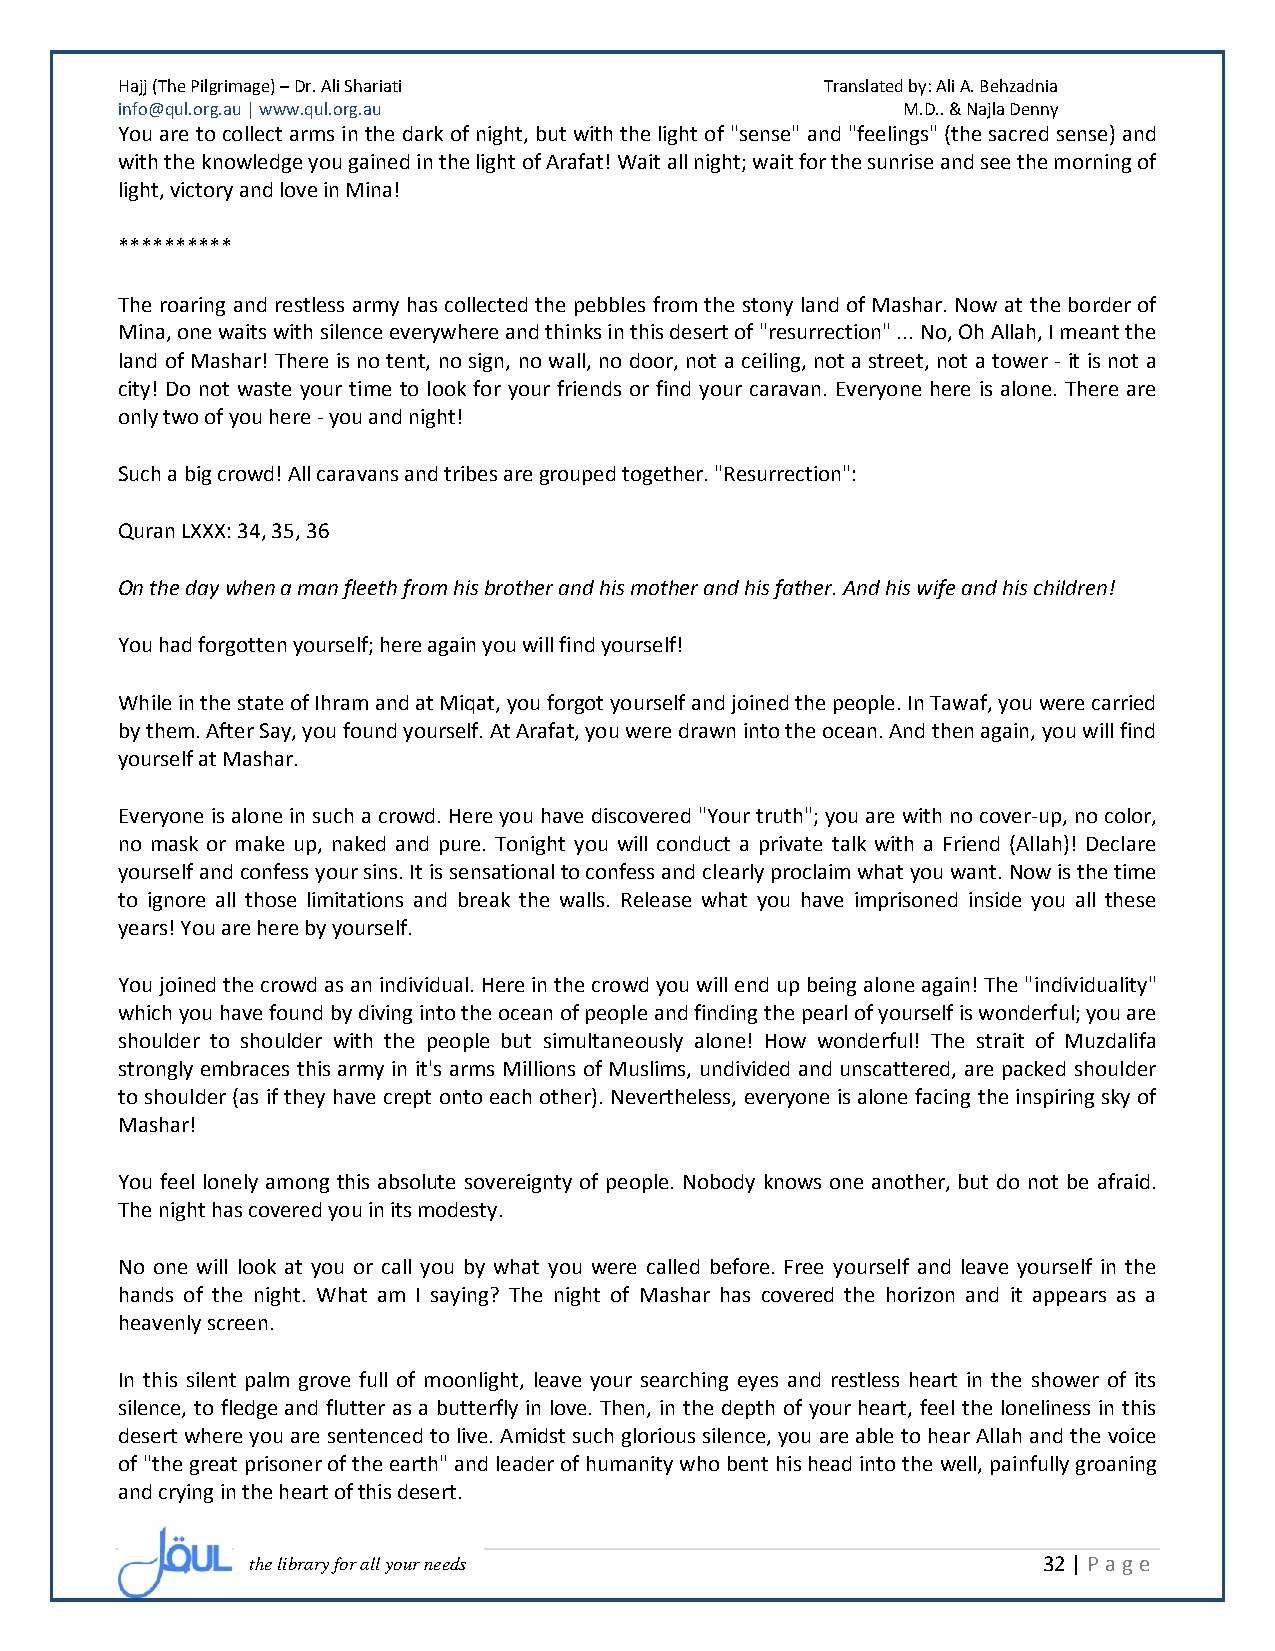
Hajj (The Pilgrimage) – Dr. Ali Shariati       Translated by: Ali A. Behzadnia
 info@qul.org.au | www.qul.org.au                    M.D.. & Najla Denny
 You are to collect arms in the dark of night, but with the light of "sense" and "feelings" (the sacred sense) and
 with the knowledge you gained in the light of Arafat! Wait all night; wait for the sunrise and see the morning of
 light, victory and love in Mina!
 **********
 The roaring and restless army has collected the pebbles from the stony land of Mashar. Now at the border of
 Mina, one waits with silence everywhere and thinks in this desert of "resurrection" ... No, Oh Allah, I meant the
 land of Mashar! There is no tent, no sign, no wall, no door, not a ceiling, not a street, not a tower - it is not a
 city! Do not waste your time to look for your friends or find your caravan. Everyone here is alone. There are
 only two of you here - you and night!
 Such a big crowd! All caravans and tribes are grouped together. "Resurrection":
 Quran LXXX: 34, 35, 36
 On the day when a man fleeth from his brother and his mother and his father. And his wife and his children!
 You had forgotten yourself; here again you will find yourself!
 While in the state of Ihram and at Miqat, you forgot yourself and joined the people. In Tawaf, you were carried
 by them. After Say, you found yourself. At Arafat, you were drawn into the ocean. And then again, you will find
 yourself at Mashar.
 Everyone is alone in such a crowd. Here you have discovered "Your truth"; you are with no cover-up, no color,
 no mask or make up, naked and pure. Tonight you will conduct a private talk with a Friend (Allah)! Declare
 yourself and confess your sins. It is sensational to confess and clearly proclaim what you want. Now is the time
 to ignore all those limitations and break the walls. Release what you have imprisoned inside you all these
 years! You are here by yourself.
 You joined the crowd as an individual. Here in the crowd you will end up being alone again! The "individuality"
 which you have found by diving into the ocean of people and finding the pearl of yourself is wonderful; you are
 shoulder to shoulder with the people but simultaneously alone! How wonderful! The strait of Muzdalifa
 strongly embraces this army in it's arms Millions of Muslims, undivided and unscattered, are packed shoulder
 to shoulder (as if they have crept onto each other). Nevertheless, everyone is alone facing the inspiring sky of
 Mashar!
 You feel lonely among this absolute sovereignty of people. Nobody knows one another, but do not be afraid.
 The night has covered you in its modesty.
 No one will look at you or call you by what you were called before. Free yourself and leave yourself in the
 hands of the night. What am I saying? The night of Mashar has covered the horizon and it appears as a
 heavenly screen.
 In this silent palm grove full of moonlight, leave your searching eyes and restless heart in the shower of its
 silence, to fledge and flutter as a butterfly in love. Then, in the depth of your heart, feel the loneliness in this
 desert where you are sentenced to live. Amidst such glorious silence, you are able to hear Allah and the voice
 of "the great prisoner of the earth" and leader of humanity who bent his head into the well, painfully groaning
 and crying in the heart of this desert.
 the library for all your needs                      32 | P age